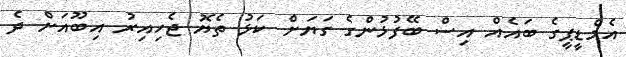
އެމްޑީޕީގެ ބައެއް އިސް ބޭފުޅުންގެ ގަޔަށް ކަޅު ތެޔޮ ޖެހިއިރު އިބޫއަށް ދެ